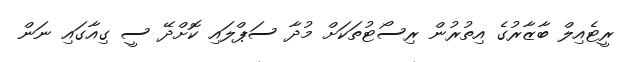
ރީޓެއިލް ބާޒާރުގެ އިތުރުން ރިސޯޓުތަކަށް މުދާ ސަޕްލައި ކޮށްދޭ ސީ ގިއާގައި ނަން